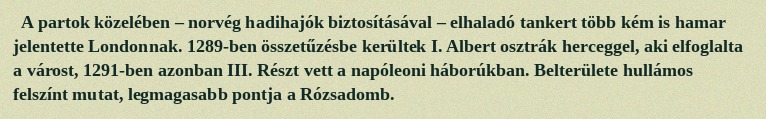
A partok közelében – norvég hadihajók biztosításával – elhaladó tankert több kém is hamar jelentette Londonnak. 1289-ben összetűzésbe kerültek I. Albert osztrák herceggel, aki elfoglalta a várost, 1291-ben azonban III. Részt vett a napóleoni háborúkban. Belterülete hullámos felszínt mutat, legmagasabb pontja a Rózsadomb.